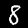
Digit: 8